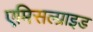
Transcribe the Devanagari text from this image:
एमिसल्प्राइड